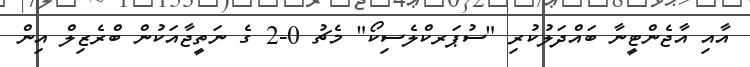
އާއި އާޖެންޓީނާ ބައްދަލުކުރި "ސުޕަރކްލެސިކޯ" މެޗު 0-2 ގެ ނަތީޖާއަކުން ބްރެޒިލް އިން